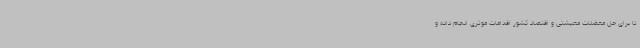
تا برای حل معضلات معیشتی و اقتصاد کشور اقدامات موثری انجام داده و